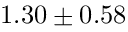
1 . 3 0 \pm 0 . 5 8